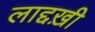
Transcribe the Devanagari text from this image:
लाद्दख़ी